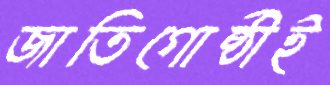
জাতিগোষ্ঠীই